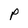
Character: P